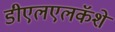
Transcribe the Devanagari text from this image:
डीएलएलकॅशे